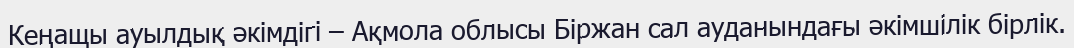
Кеңащы ауылдық әкімдігі – Ақмола облысы Біржан сал ауданындағы әкімшілік бірлік.